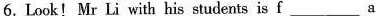
6. Look! Mr Li with his students is f___a